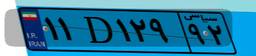
۱۱D۱۲۹۹۲